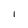
Character: l